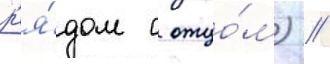
р'я́дом с отцо́м) //